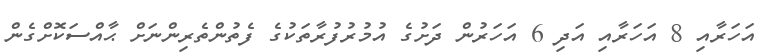
އަހަރާއި 8 އަހަރާއި އަދި 6 އަހަރުން ދަށުގެ އުމުރުފުރާތަކުގެ ފެތުންތެރިންނަށް ޙާއްސަކޮށްގެން